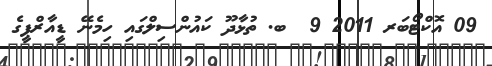
09 އޮކްޓޯބަރ 2011 9  ބ. ތުޅާދޫ ކައުންސިލްގައި ހިމެނޭ ޑީއާރްޕީގެ